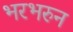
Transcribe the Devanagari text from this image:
भरभरुन